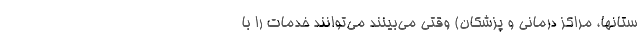
ستانها، مراکز درمانی و پزشکان) وقتی می‌بینند می‌توانند خدمات را با